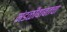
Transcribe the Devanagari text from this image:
मंडळींबाबतचा